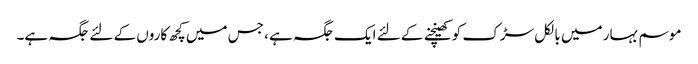
موسم بہار میں بالکل سڑک کو کھینچنے کے لئے ایک جگہ ہے ، جس میں کچھ کاروں کے لئے جگہ ہے۔